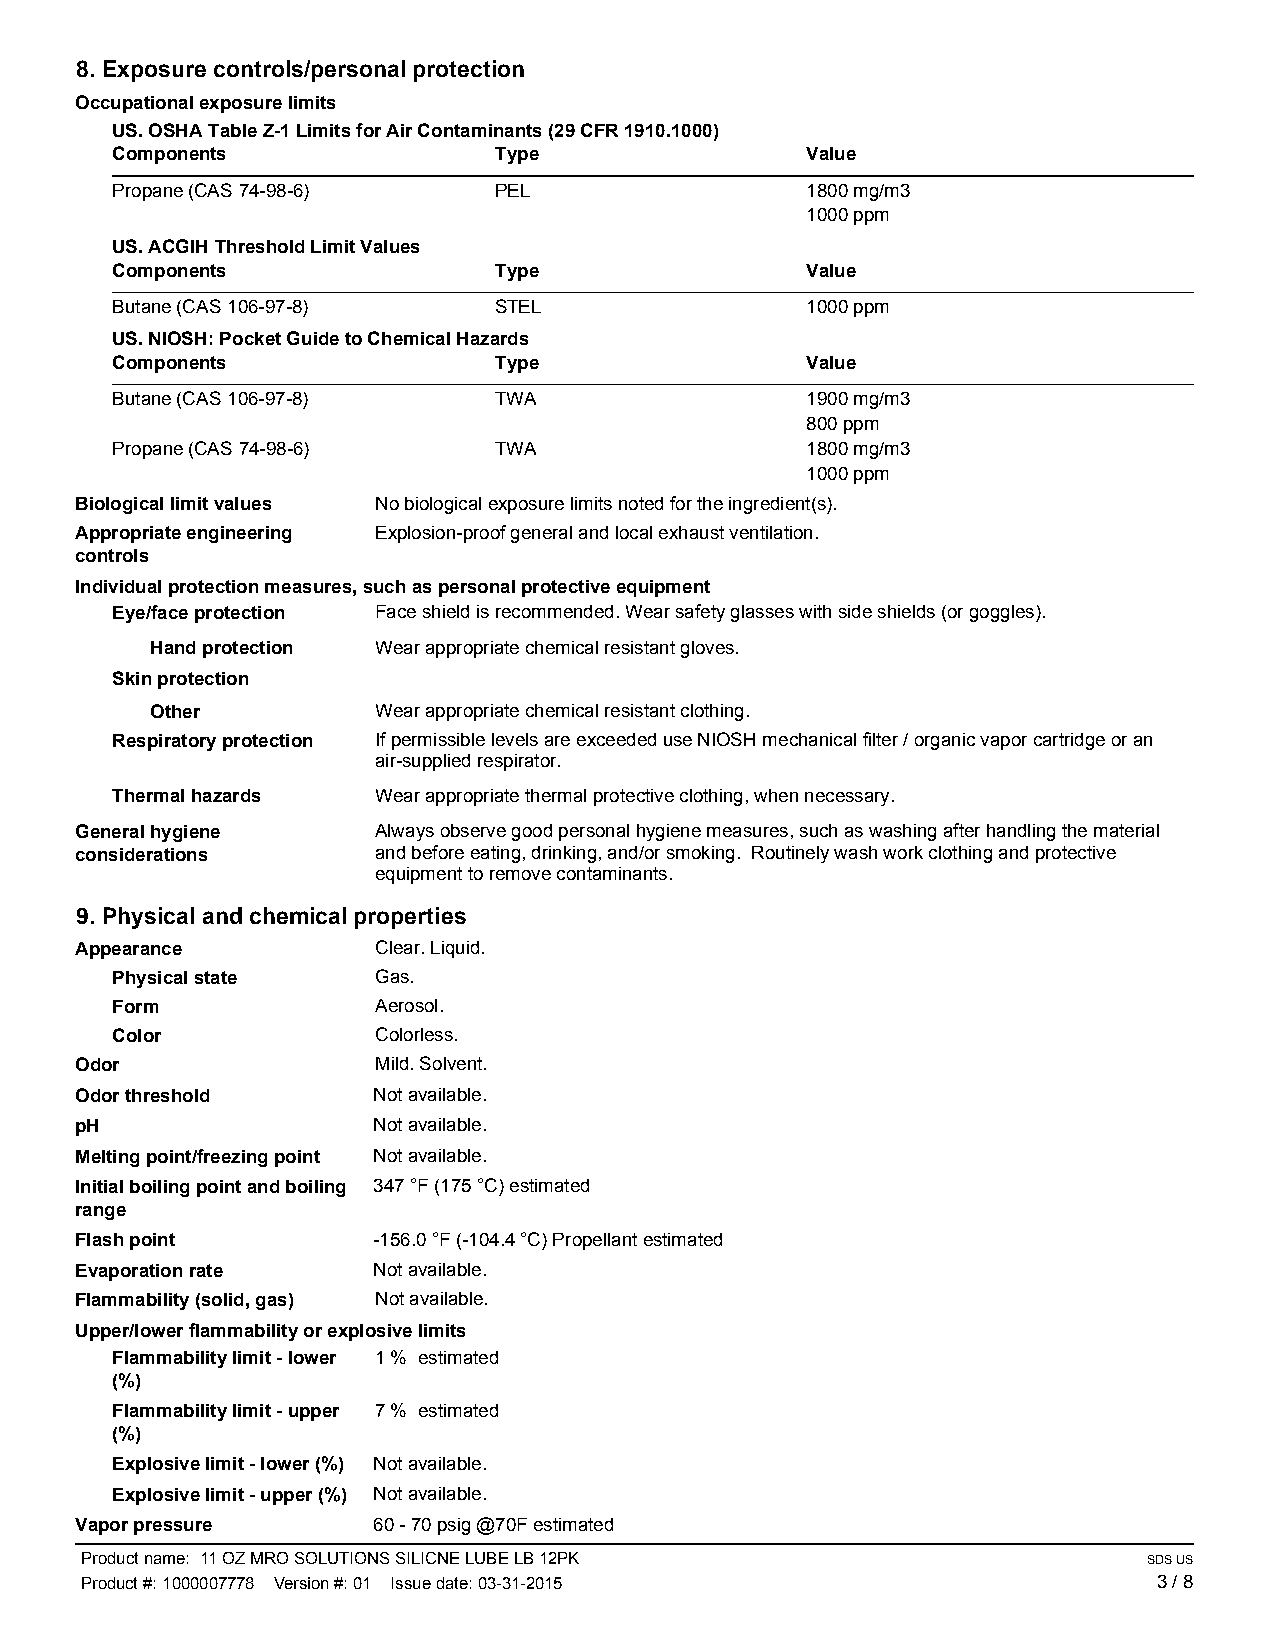
8. Exposure controls/personal protection
 Occupational exposure limits
 US. OSHA Table Z-1 Limits for Air Contaminants (29 CFR 1910.1000)
 Components                Type                Value
 Propane (CAS 74-98-6)     PEL                 1800 mg/m3
 1000 ppm
 US. ACGIH Threshold Limit Values
 Components                Type                Value
 Butane (CAS 106-97-8)     STEL                1000 ppm
 US. NIOSH: Pocket Guide to Chemical Hazards
 Components                Type                Value
 Butane (CAS 106-97-8)     TWA                 1900 mg/m3
 800 ppm
 Propane (CAS 74-98-6)     TWA                 1800 mg/m3
 1000 ppm
 Biological limit values No biological exposure limits noted for the ingredient(s).
 Appropriate engineering Explosion-proof general and local exhaust ventilation.
 controls
 Individual protection measures, such as personal protective equipment
 Eye/face protection Face shield is recommended. Wear safety glasses with side shields (or goggles).
 Hand protection Wear appropriate chemical resistant gloves.
 Skin protection
 Other          Wear appropriate chemical resistant clothing.
 Respiratory protection If permissible levels are exceeded use NIOSH mechanical filter / organic vapor cartridge or an
 air-supplied respirator.
 Thermal hazards   Wear appropriate thermal protective clothing, when necessary.
 General hygiene     Always observe good personal hygiene measures, such as washing after handling the material
 considerations      and before eating, drinking, and/or smoking. Routinely wash work clothing and protective
 equipment to remove contaminants.
 9. Physical and chemical properties
 Appearance          Clear. Liquid.
 Physical state    Gas.
 Form              Aerosol.
 Color             Colorless.
 Odor                Mild. Solvent.
 Odor threshold      Not available.
 pH                  Not available.
 Melting point/freezing point Not available.
 Initial boiling point and boiling 347 °F (175 °C) estimated
 range
 Flash point         -156.0 °F (-104.4 °C) Propellant estimated
 Evaporation rate    Not available.
 Flammability (solid, gas) Not available.
 Upper/lower flammability or explosive limits
 Flammability limit - lower 1 % estimated
 (%)
 Flammability limit - upper 7 % estimated
 (%)
 Explosive limit - lower (%) Not available.
 Explosive limit - upper (%) Not available.
 Vapor pressure      60 - 70 psig @70F estimated
 Product name: 11 OZ MRO SOLUTIONS SILICNE LUBE LB 12PK                 SDS US
 Product #: 1000007778 Version #: 01 Issue date: 03-31-2015              3 / 8